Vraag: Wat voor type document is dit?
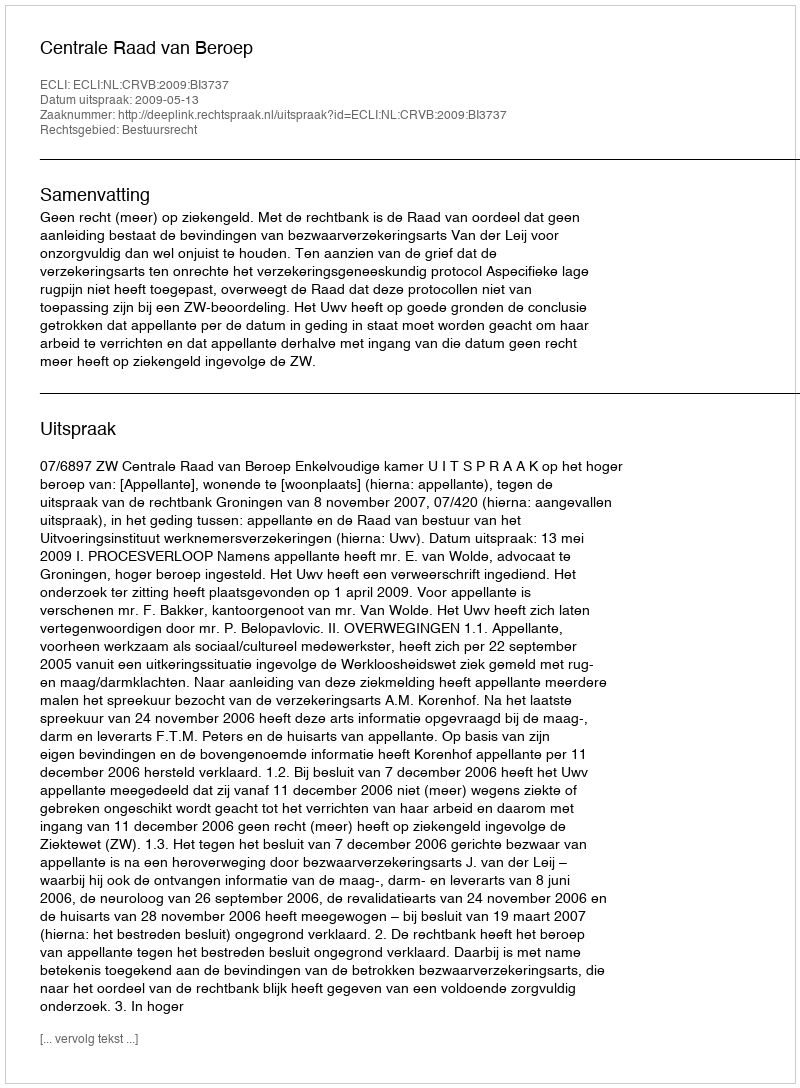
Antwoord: Uitspraak